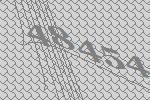
48454